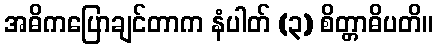
အဓိကပြောချင်တာက နံပါတ် (၃) စိတ္တာဓိပတိ။